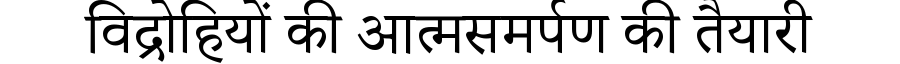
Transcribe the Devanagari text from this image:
विद्रोहियों की आत्मसमर्पण की तैयारी